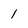
Character: 1